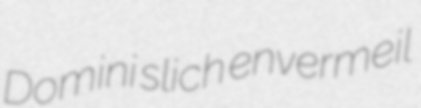
Domini slich envermeil